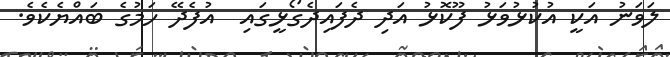
ލަވަނު އަކީ އުކުޅުވަޅު ފޫކޮޅު އަދި ދެފައިދެގޯޅީގައި  އުފެދޭ ހަމުގެ ބައްޔެކެވެ.